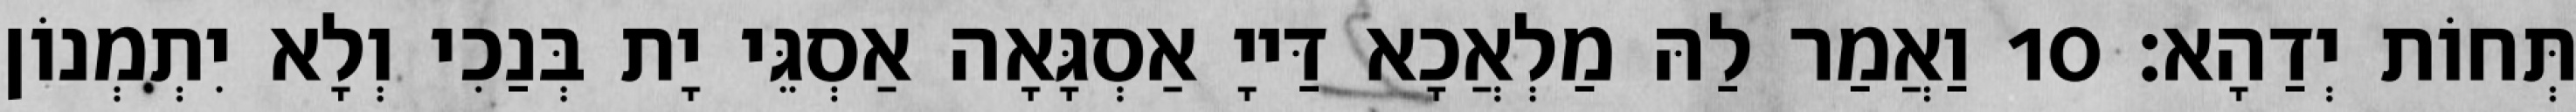
תְּחוֹת יְדַהָא׃ 10 וַאֲמַר לַהּ מַלְאֲכָא דַּייָ אַסְגָּאָה אַסְגֵּי יָת בְּנַכִי וְלָא יִתְמְנוֹן